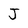
Character: J